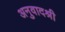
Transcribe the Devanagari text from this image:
अनुवादश्री